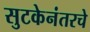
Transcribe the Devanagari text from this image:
सुटकेनंतरचे